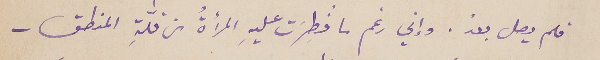
فلم يصل بعدُ. وإني رغم ما فُطِرَت عليهِ المرأةُ من قلّةِ المنطق -